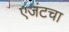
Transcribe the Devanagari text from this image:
एजंटचा